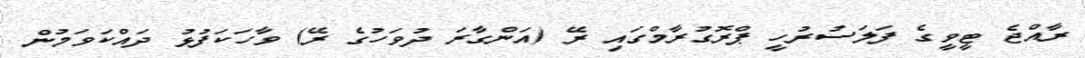
ރާއްޖެ ޓީވީގެ ފަލަސުރުހީ ޕްރޮގުރާމްގައި ރޭ (އަންގާރަ ދުވަހުގެ ރޭ) ވާހަކަފުޅު ދައްކަވަމުން